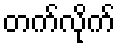
တက်လိုက်